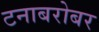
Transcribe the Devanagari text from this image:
टनाबरोबर